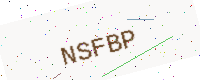
Text: NSFBP